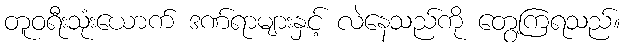
တူဝရီးသုံးယောက် ဒဏ်ရာများနှင့် လဲနေသည်ကို တွေ့ကြရသည်။